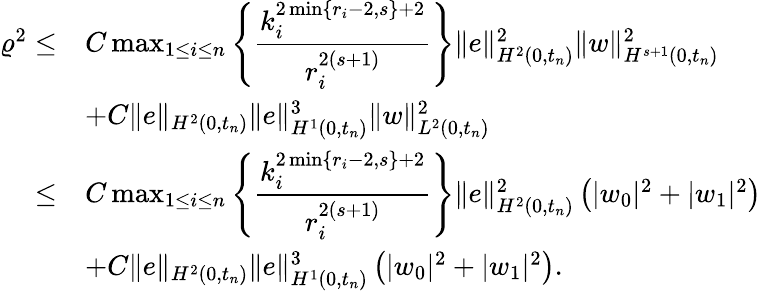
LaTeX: \begin{array}{r}{\begin{array}{rl}{{\varrho}^{2}\le}&{C\operatorname*{max}_{1\leq i\leq n}\left\{ \displaystyle\frac{k_{i}^{2\operatorname*{min}\{ r_{i}-2,s\} +2}}{r_{i}^{2(s+1)}}\right\} \| e\| _{H^{2}(0,t_{n})}^{2}\| w\| _{H^{s+1}(0,t_{n})}^{2}}\\ &{+C\| e\| _{H^{2}(0,t_{n})}\| e\| _{H^{1}(0,t_{n})}^{3}\| w\| _{L^{2}(0,t_{n})}^{2}}\\ {\le}&{C\operatorname*{max}_{1\leq i\leq n}\left\{ \displaystyle\frac{k_{i}^{2\operatorname*{min}\{ r_{i}-2,s\} +2}}{r_{i}^{2(s+1)}}\right\} \| e\| _{H^{2}(0,t_{n})}^{2}\left(|w_{0}|^{2}+|w_{1}|^{2}\right)}\\ &{+C\| e\| _{H^{2}(0,t_{n})}\| e\| _{H^{1}(0,t_{n})}^{3}\left(|w_{0}|^{2}+|w_{1}|^{2}\right).}\end{array}}\end{array}